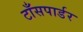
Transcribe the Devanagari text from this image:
टाँसपार्डर